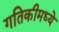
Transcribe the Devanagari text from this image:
गतिकीमध्ये